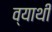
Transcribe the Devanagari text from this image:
व्याथी